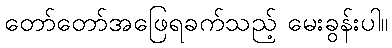
တော်တော်အဖြေရခက်သည့် မေးခွန်းပါ။